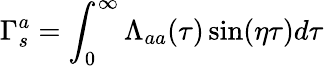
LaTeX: \Gamma_{s}^{a}=\int_{0}^{\infty}\Lambda_{aa}(\tau)\sin(\eta\tau)d\tau